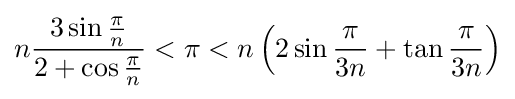
n{\frac {3\sin {\frac {\pi }{n}}}{2+\cos {\frac {\pi }{n}}}}<\pi <n\left(2\sin {\frac {\pi }{3n}}+\tan {\frac {\pi }{3n}}\right)